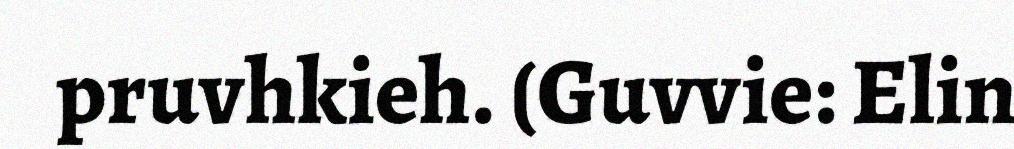
pruvhkieh. (Guvvie: Elin